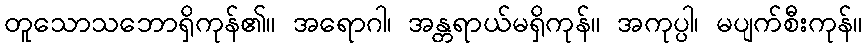
တူသောသဘောရှိကုန်၏။ အရောဂါ၊ အန္တရာယ်မရှိကုန်။ အကုပ္ပါ၊ မပျက်စီးကုန်။